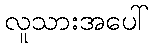
လူသားအပေါ်